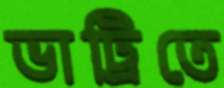
ভাট্রিতে